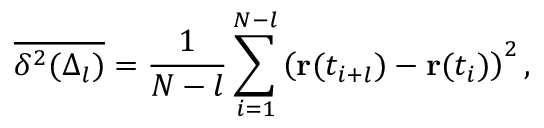
\overline { { \delta ^ { 2 } ( \Delta _ { l } ) } } = \frac { 1 } { N - l } \sum _ { i = 1 } ^ { N - l } \left( \mathbf { r } ( t _ { i + l } ) - \mathbf { r } ( t _ { i } ) \right) ^ { 2 } ,